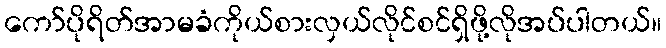
ကော်ပိုရိတ်အာမခံကိုယ်စားလှယ်လိုင်စင်ရှိဖို့လိုအပ်ပါတယ်။